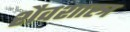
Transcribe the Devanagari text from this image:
शैवशास्त्र